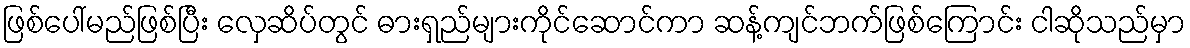
ဖြစ်ပေါ်မည်ဖြစ်ပြီး လှေဆိပ်တွင် ဓားရှည်များကိုင်ဆောင်ကာ ဆန့်ကျင်ဘက်ဖြစ်ကြောင်း ငါဆိုသည်မှာ